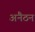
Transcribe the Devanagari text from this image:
अनैठन